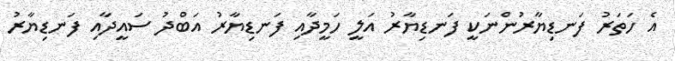
އެ ހަތަރު ފަނޑިޔާރުންނަކީ ފަނޑިޔާރު އަލީ ހަމީދާއި ފަނޑިޔާރު އަބްދު ސައީދާއި ފަނޑިޔާރު